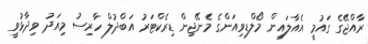
ރާއްޖޭގެ ގައުމީ އެއާލައިން މޯލްޑިވިއަންގެ މެނޭޖިން ޑިރެކްޓަރު އަބްދުލް ހާރިސު މިއަދު ވިދާޅުވީ